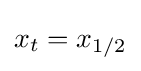
x_{t}=x_{1/2}